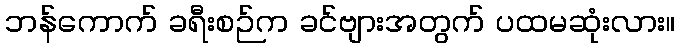
ဘန်ကောက် ခရီးစဉ်က ခင်ဗျားအတွက် ပထမဆုံးလား။